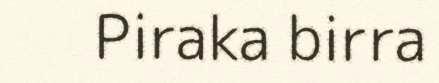
Piraka birra